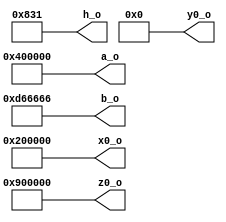
// Name: rom.v
//
// ROM with all required values A(a , b ) = A(10,21)
module rom #(
  parameter Width = 32
) (
  output [Width-1:0] a_o,
  output [Width-1:0] b_o,
  output [Width-1:0] h_o,
  output [Width-1:0] x0_o,
  output [Width-1:0] y0_o,
  output [Width-1:0] z0_o
);

  assign     a_o = 32'b00000000010000000000000000000000; //    2.0000000000000000000000000
  assign     b_o = 32'b00000000110101100110011001100110; //    6.6999998092651367187500000
  assign     h_o = 32'b00000000000000000000100000110001; //    0.0009999275207519531250000
  assign    x0_o = 32'b00000000001000000000000000000000; //    1.0000000000000000000000000
  assign    y0_o = 32'b00000000000000000000000000000000; //    0.0000000000000000000000000
  assign    z0_o = 32'b00000000100100000000000000000000; //    4.5000000000000000000000000

endmodule